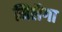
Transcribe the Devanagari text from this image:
मिलैगा